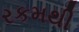
રકમથી